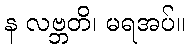
န လဗ္ဘတိ၊ မရအပ်။